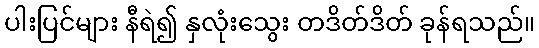
ပါးပြင်များ နီရဲ၍ နှလုံးသွေး တဒိတ်ဒိတ် ခုန်ရသည်။